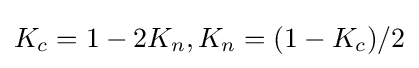
K_{c}=1-2K_{n},K_{n}=(1-K_{c})/2